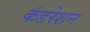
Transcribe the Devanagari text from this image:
कंडरेशन